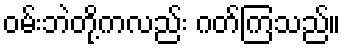
ဝမ်းဘဲတို့ကလည်း ဂတ်ကြသည်။